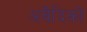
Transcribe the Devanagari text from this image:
अवैदिकों